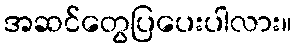
အဆင်တွေပြပေးပါလား။